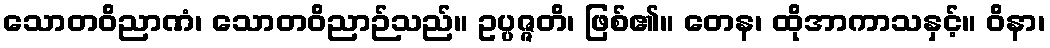
သောတဝိညာဏံ၊ သောတဝိညာဉ်သည်။ ဥပ္ပဇ္ဇတိ၊ ဖြစ်၏။ တေန၊ ထိုအာကာသနှင့်။ ဝိနာ၊